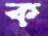
ক